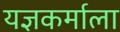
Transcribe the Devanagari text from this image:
यज्ञकर्माला